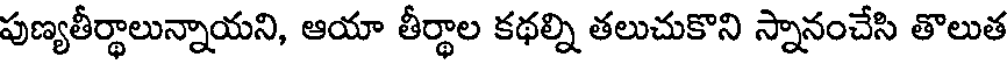
పుణ్యతీర్థాలున్నాయని, ఆయా తీర్థాల కథల్ని తలుచుకొని స్నానంచేసి తొలుత